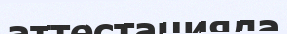
аттестацияда